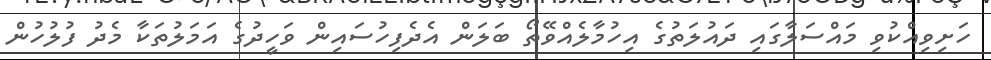
ހަށިވިއްކުވި މައްސަލާގައި ދައުލަތުގެ އިހުމާލެއްވޭތޯ ބަލަން އެދެފިހުސައިން ވަހީދުގެ އަމަލުތަކާ މެދު ފުލުހުން